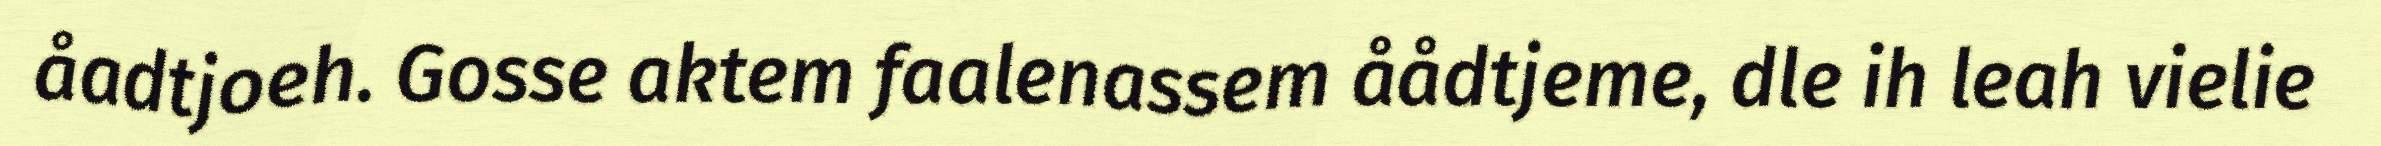
åadtjoeh. Gosse aktem faalenassem åådtjeme, dle ih leah vielie